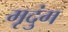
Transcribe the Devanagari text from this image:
मृदुंग